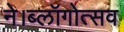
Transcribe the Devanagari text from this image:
ने।ब्लॉगोत्सव